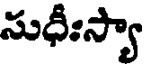
సుధీఃస్యా